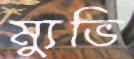
ম্যুভি